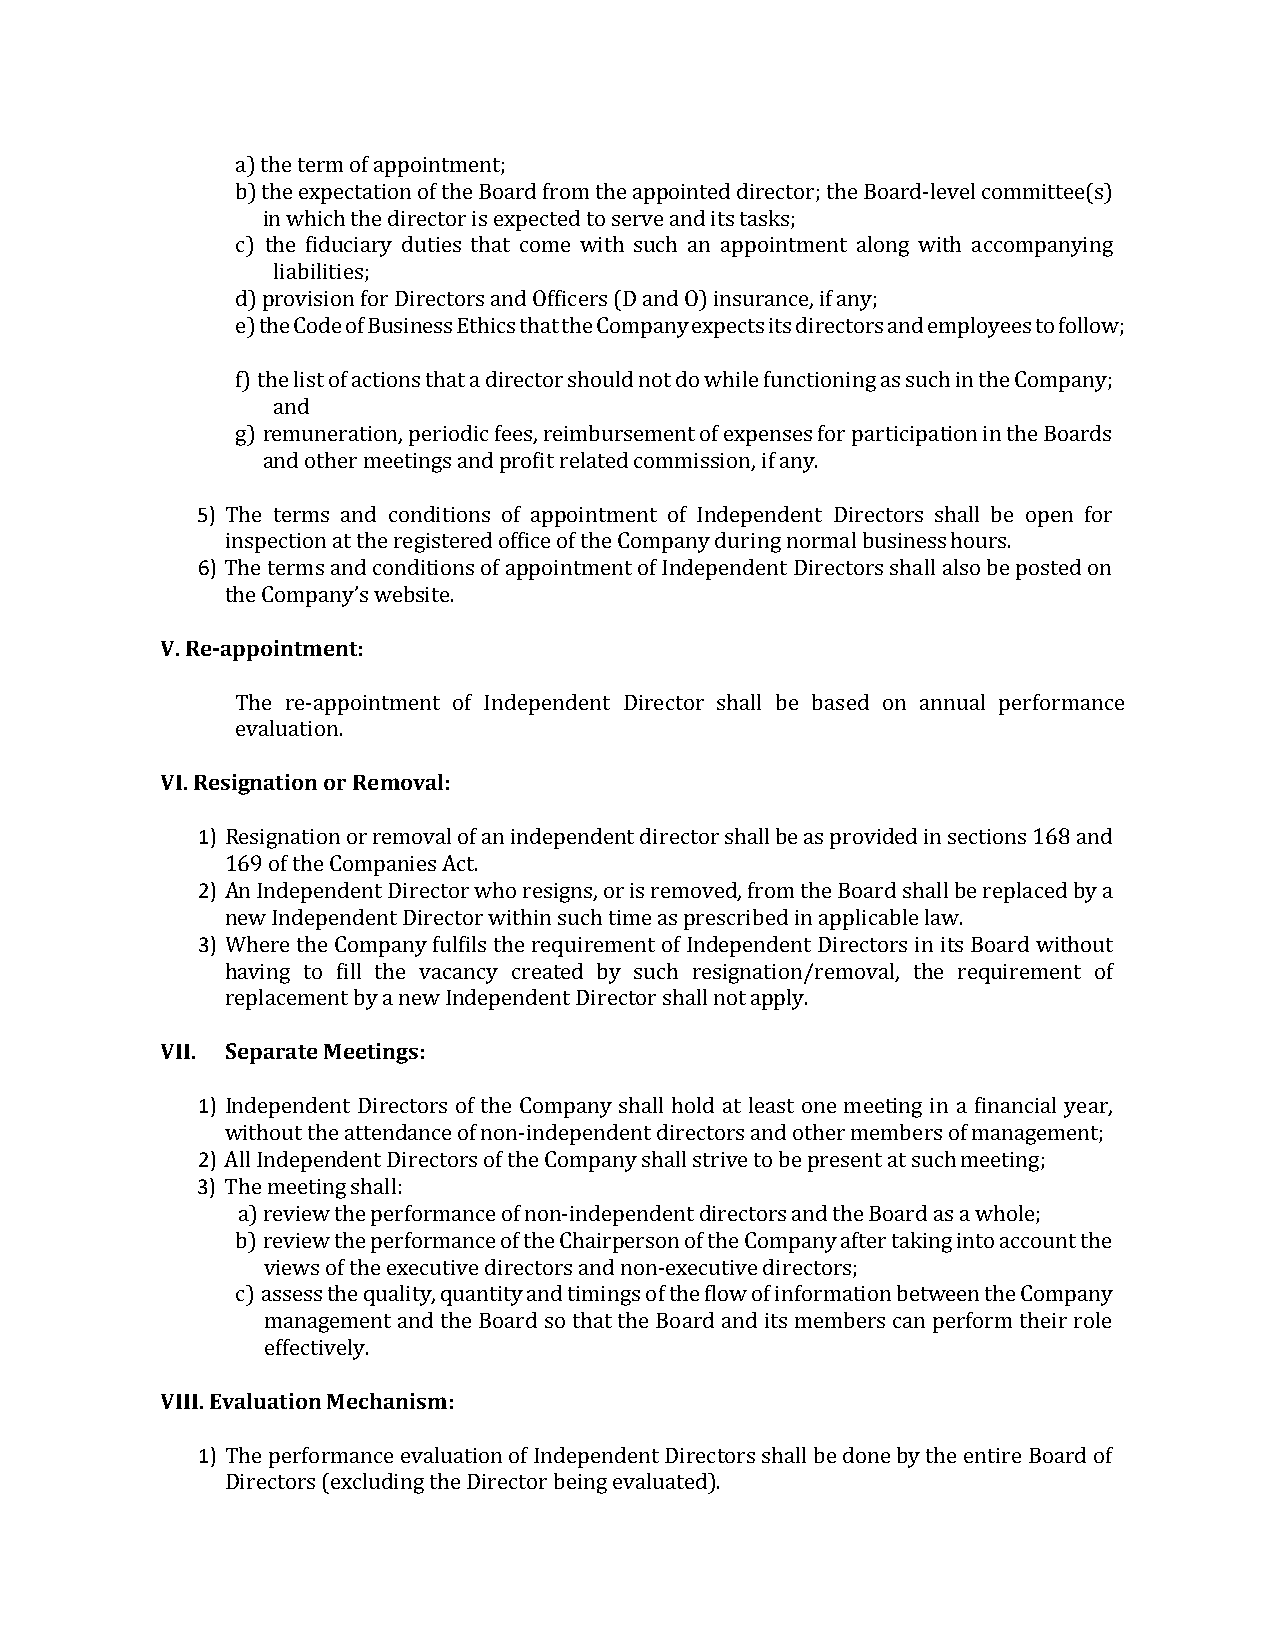
a)the term of appointment;
 b)the expectation of the Board from the appointed director; the Board-level committee(s)
 in which the director is expected to serve and its tasks;
 c) the fiduciary duties that come with such an appointment along with accompanying
 liabilities;
 d)provision for Directors and Officers (D and O) insurance, if any;
 e)the Code of Business Ethics that the Company expects its directors and employees to follow;
 f)the list of actions that a director should not do while functioning as such in the Company;
 and
 g) remuneration, periodic fees, reimbursement of expenses for participation in the Boards
 and other meetings and profit related commission, if any.
 5) The terms and conditions of appointment of Independent Directors shall be open for
 inspection at the registered office of the Company during normal business hours.
 6) The terms and conditions of appointment of Independent Directors shall also be posted on
 the Company’s website.
 V.Re-appointment:
 The re-appointment of Independent Director shall be based on annual performance
 evaluation.
 VI.Resignation or Removal:
 1) Resignation or removal of an independent director shall be as provided in sections 168 and
 169 of the Companies Act.
 2) An Independent Director who resigns, or is removed, from the Board shall be replaced by a
 new Independent Director within such time as prescribed in applicable law.
 3) Where the Company fulfils the requirement of Independent Directors in its Board without
 having to fill the vacancy created by such resignation/removal, the requirement of
 replacement by a new Independent Director shall not apply.
 VII. Separate Meetings:
 1) Independent Directors of the Company shall hold at least one meeting in a financial year,
 without the attendance of non-independent directors and other members of management;
 2) All Independent Directors of the Company shall strive to be present at such meeting;
 3) The meeting shall:
 a) review the performance of non-independent directors and the Board as a whole;
 b)review the performance of the Chairperson of the Company after taking into account the
 views of the executive directors and non-executive directors;
 c)assess the quality, quantity and timings of the flow of information between the Company
 management and the Board so that the Board and its members can perform their role
 effectively.
 VIII.Evaluation Mechanism:
 1) The performance evaluation of Independent Directors shall be done by the entire Board of
 Directors (excluding the Director being evaluated).